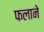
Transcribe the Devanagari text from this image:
फलाने